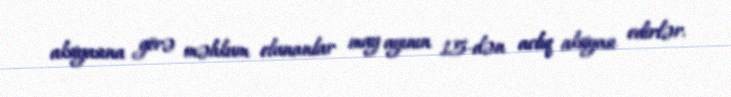
aksiyasına görə məhkum olunanlar may ayının 15-dən aclıq aksiyası edirlər.